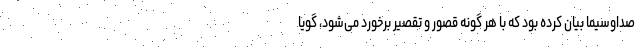
صداوسیما بیان کرده بود که با هر گونه قصور و تقصیر برخورد می‌شود، گویا